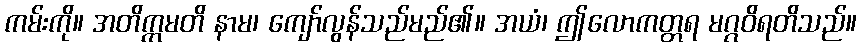
ကမ်းကို။ အတိက္ကမတိ နာမ၊ ကျော်လွန်သည်မည်၏။ အယံ၊ ဤလောကတ္တရ မဂ္ဂဝိရတိသည်။